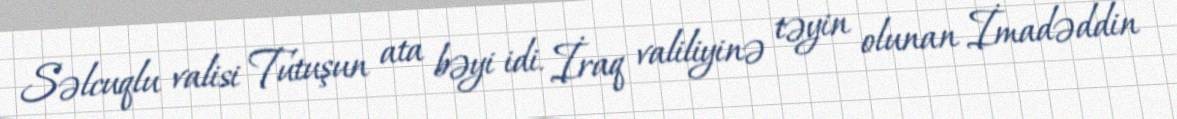
Səlcuqlu valisi Tutuşun ata bəyi idi. İraq valiliyinə təyin olunan İmadəddin